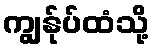
ကျွန်ုပ်ထံသို့